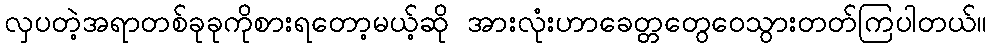
လှပတဲ့အရာတစ်ခုခုကိုစားရတော့မယ့်ဆို အားလုံးဟာခေတ္တတွေဝေသွားတတ်ကြပါတယ်။